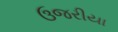
ઉજરીયા